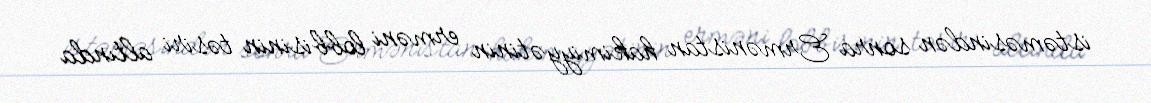
istəməsindən sonra Ermənistan hakimiyyətinin erməni lobbisinin təsiri altında